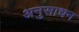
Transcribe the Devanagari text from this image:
अनुसाधन